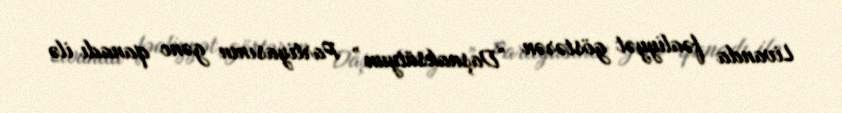
Livanda fəaliyyət göstərən “Daşnaksütyun” Partiyasının gənc qanadı ilə